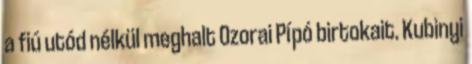
a fiú utód nélkül meghalt Ozorai Pípó birtokait. Kubinyi